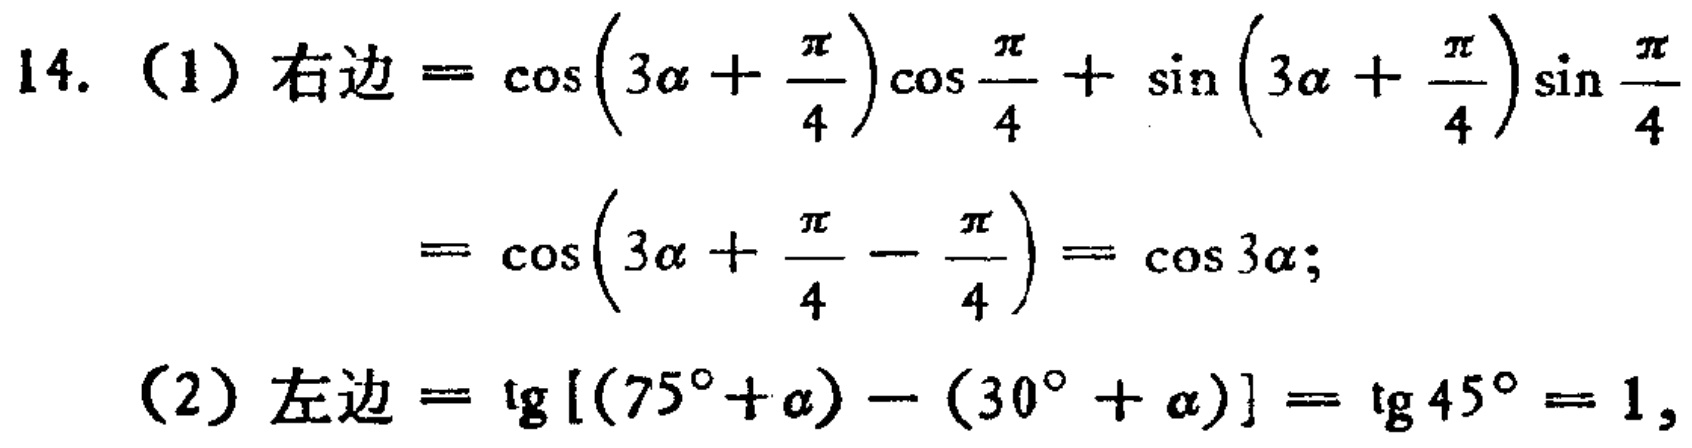
14. （1）右边$=\cos\left(3\alpha+\frac{\pi}{4}\right)\cos\frac{\pi}{4}+\sin\left(3\alpha+\frac{\pi}{4}\right)\sin\frac{\pi}{4}$
$=\cos\left(3\alpha+\frac{\pi}{4}-\frac{\pi}{4}\right)=\cos3\alpha$;
（2）左边$=\mathrm{tg}[(75^{\circ}+\alpha)-(30^{\circ}+\alpha)]=\mathrm{tg}45^{\circ}=1$,